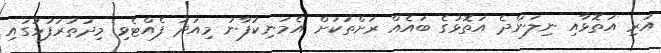
އަރި އަތޮޅާއި ނިލަންދެ އަތޮޅުގެ ބައެއް ރަށްތަކަށް އެމަނިކުފާނު މިއަދު ފެއްޓެވި މިދަތުރުފުޅުގައި